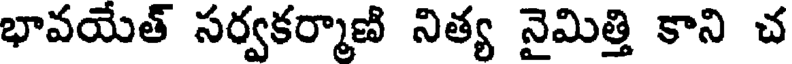
భావయేత్ సర్వకర్మాణి నిత్య నైమిత్తి కాని చ